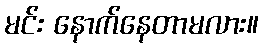
မင်း နောက်နေတာမလား။